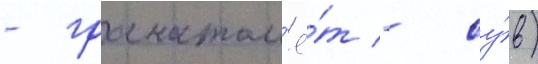
- гранатом'ё́т - су́в)